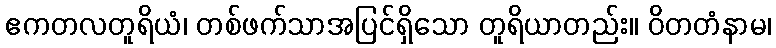
ဧကတလတူရိယံ၊ တစ်ဖက်သာအပြင်ရှိသော တူရိယာတည်း။ ဝိတတံနာမ၊